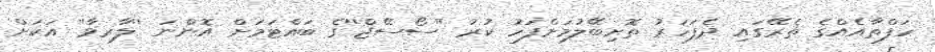
ހަފްތާއެއްގެ ތެރޭގައި ދެފަހަރު ތޮށިބޭލުމަށްފަހު ކުރު ''ސޯސޭޖް''ގެ ބައްޓަމަށް އޮންނަ ''ލާރވާ'' އަކަށް